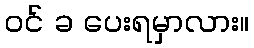
ဝင် ခ ပေးရမှာလား။